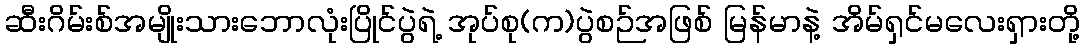
ဆီးဂိမ်းစ်အမျိုးသားဘောလုံးပြိုင်ပွဲရဲ့ အုပ်စု(က)ပွဲစဉ်အဖြစ် မြန်မာနဲ့ အိမ်ရှင်မလေးရှားတို့